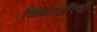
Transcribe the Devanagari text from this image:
किया।आँत्वाँ